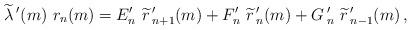
LaTeX: \begin{align*}\widetilde{\lambda}\,'(m)\ r_n(m)=E'_{n}\ \widetilde{r}\,'_{n+1}(m) +F'_n\ \widetilde{r}\,'_{n}(m) +G\,'_n\ \widetilde{r}\,'_{n-1}(m) \,,\end{align*}